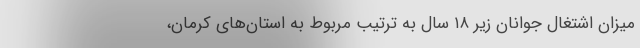
میزان اشتغال جوانان زیر ۱۸ سال به ترتیب مربوط به استان‌های کرمان،